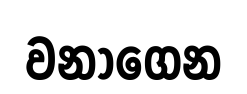
වනාගෙන